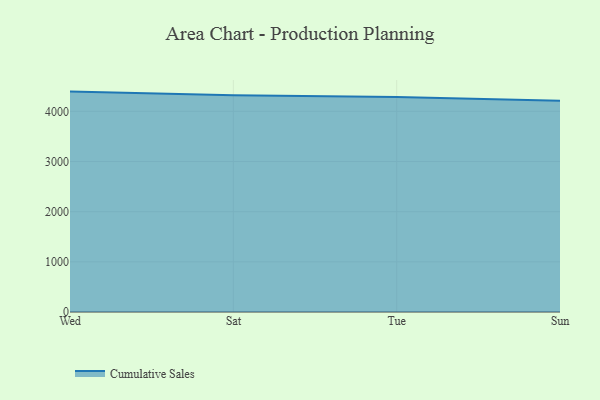
{"axis": {"x": "Day", "y": "Revenue (USD Million)"}, "legend": ["Cumulative Sales"], "data": [{"x": "Wed", "y": 4393.8, "type": "Cumulative Sales"}, {"x": "Sat", "y": 4319.4, "type": "Cumulative Sales"}, {"x": "Tue", "y": 4285.9, "type": "Cumulative Sales"}, {"x": "Sun", "y": 4209.2, "type": "Cumulative Sales"}]}